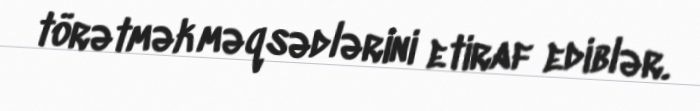
törətmək məqsədlərini etiraf ediblər.